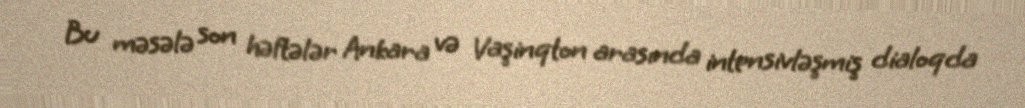
Bu məsələ son həftələr Ankara və Vaşinqton arasında intensivləşmiş dialoqda